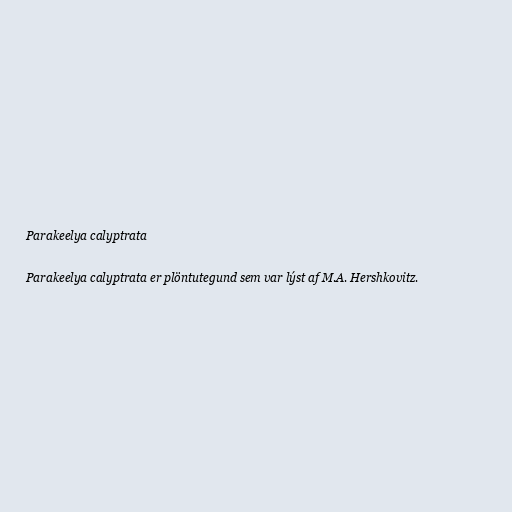
Parakeelya calyptrata

Parakeelya calyptrata er plöntutegund sem var lýst af M.A. Hershkovitz.